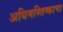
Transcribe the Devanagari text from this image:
अधिमस्तिष्काचा